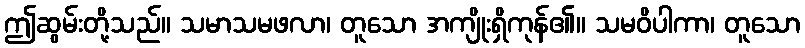
ဤဆွမ်းတို့သည်။ သမာသမဖလာ၊ တူသော အကျိုးရှိကုန်၏။ သမဝိပါကာ၊ တူသော